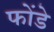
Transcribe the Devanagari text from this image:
फोंडे